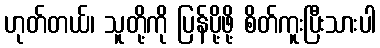
ဟုတ်တယ်၊ သူတို့ကို ပြန်ပို့ဖို့ စိတ်ကူးပြီးသားပါ